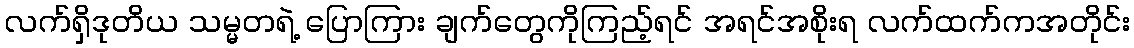
လက်ရှိဒုတိယ သမ္မတရဲ့ ပြောကြား ချက်တွေကိုကြည့်ရင် အရင်အစိုးရ လက်ထက်ကအတိုင်း